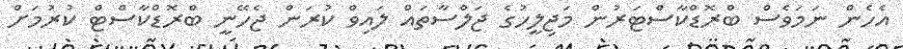
އެހެން ނަމަވެސް ބްރޮޑްކާސްޓަރުން މަޖިލީހުގެ ޖަލްސާތައް ލައިވް ކުރަން ޖެހޭނީ ބްރޮޑްކާސްޓް ކުރުމަށް